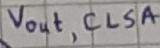
Text: Vout, CLSA